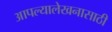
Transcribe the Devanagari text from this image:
आपल्यालेखनासाठी